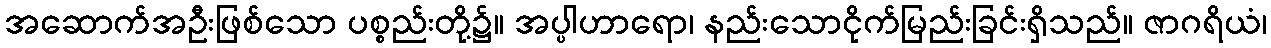
အဆောက်အဦးဖြစ်သော ပစ္စည်းတို့၌။ အပ္ပါဟာရော၊ နည်းသောငိုက်မြည်းခြင်းရှိသည်။ ဇာဂရိယံ၊